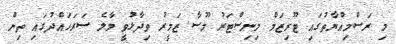
މި ރަސްމިއްޔާތުގައި ޓޫރިޒަމް މިނިސްޓަރު މޫސާ ޒަމީރު ވިދާޅުވީ މާލެ ސަރަހައްދުގައި ތިން